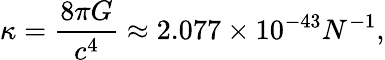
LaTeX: \kappa={\frac{8\pi G}{c^{4}}}\approx 2.077\times 10^{-43}N^{-1},